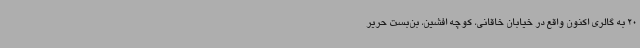
20 به گالری اکنون واقع در خیابان خاقانی، کوچه افشین، بن‌بست حریر